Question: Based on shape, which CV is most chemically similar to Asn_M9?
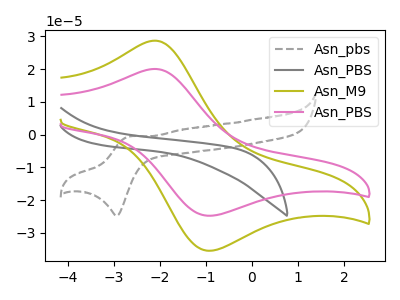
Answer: <think>The gray dashed curve "Asn_pbs" has an anodic peak at (-2.65V, -0.50uA) and a cathodic peak at (-2.95V, -24.75uA). The gray curve "Asn_PBS" has no peaks. The olive curve "Asn_M9" has an anodic peak at (-2.10V, 28.65uA) and a cathodic peak at (-0.85V, -35.40uA). The pink curve "Asn_PBS" has an anodic peak at (-2.10V, 20.00uA) and a cathodic peak at (-0.85V, -24.75uA).
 "Asn_pbs" and "Asn_PBS" have a different number of peaks. "Asn_pbs" and "Asn_M9" have at least one peak that do not match. "Asn_pbs" and "Asn_PBS" have at least one peak that do not match. "Asn_PBS" and "Asn_M9" have a different number of peaks. "Asn_PBS" and "Asn_PBS" have a different number of peaks. All the peaks in "Asn_M9" have a peak in "Asn_PBS" at the same potential. Every peak in "Asn_M9" is higher than every peak in "Asn_PBS".</think>
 <answer>The CV with the most similar shape to "Asn_PBS" is "Asn_M9".</answer>
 <eval>"Asn_M9"</eval>